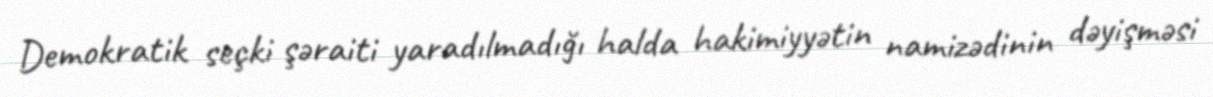
Demokratik seçki şəraiti yaradılmadığı halda hakimiyyətin namizədinin dəyişməsi